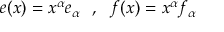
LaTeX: e ( x ) = x ^ { \alpha } e _ { \alpha } \ \ , \ \ f ( x ) = x ^ { \alpha } f _ { \alpha }